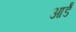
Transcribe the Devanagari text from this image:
आर्डॅ